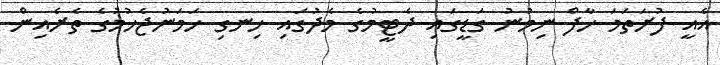
އެއީ ފުރަތަމަ ހާފް ނިމުނު ގަޑީގައި ދެޓީމުގެ މެދުގައި ހިނގި ހަމަނުޖެހުމުގެ ތެރެއިން